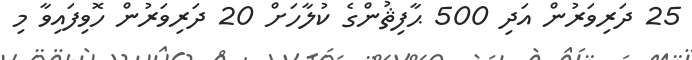
25 ދަރިވަރުން އަދި 500 ޙާފިޘުންގެ ކުލާހަށް 20 ދަރިވަރުން ހޮވިފައިވާ މި